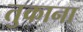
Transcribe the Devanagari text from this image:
तुकाना